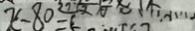
x - 8 0 =